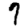
Digit: 7